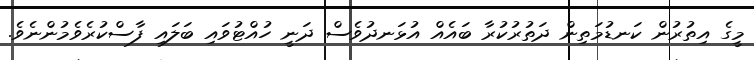
މީގެ އިތުރުން ކަނޑުމަތިން ދަތުރުކުރާ ބައެއް އުޅަނދުވެސް ދަނީ ހުއްޓުވައި ބަލައި ފާސްކުރެވެމުންނެވެ.